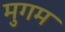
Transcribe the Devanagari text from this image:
मुगम